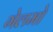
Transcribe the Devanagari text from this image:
गेलमो